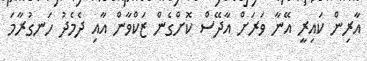
އާރިން ކައިރީ އޭނާ ވަރަށް އާދޭސް ކޮށްގެން ޒަކްވާން އާއި ދެމެދު ހަނގުރާމަ